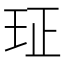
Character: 𰡴